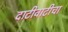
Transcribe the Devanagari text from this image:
दाटीवाटीचा